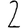
Digit: 2